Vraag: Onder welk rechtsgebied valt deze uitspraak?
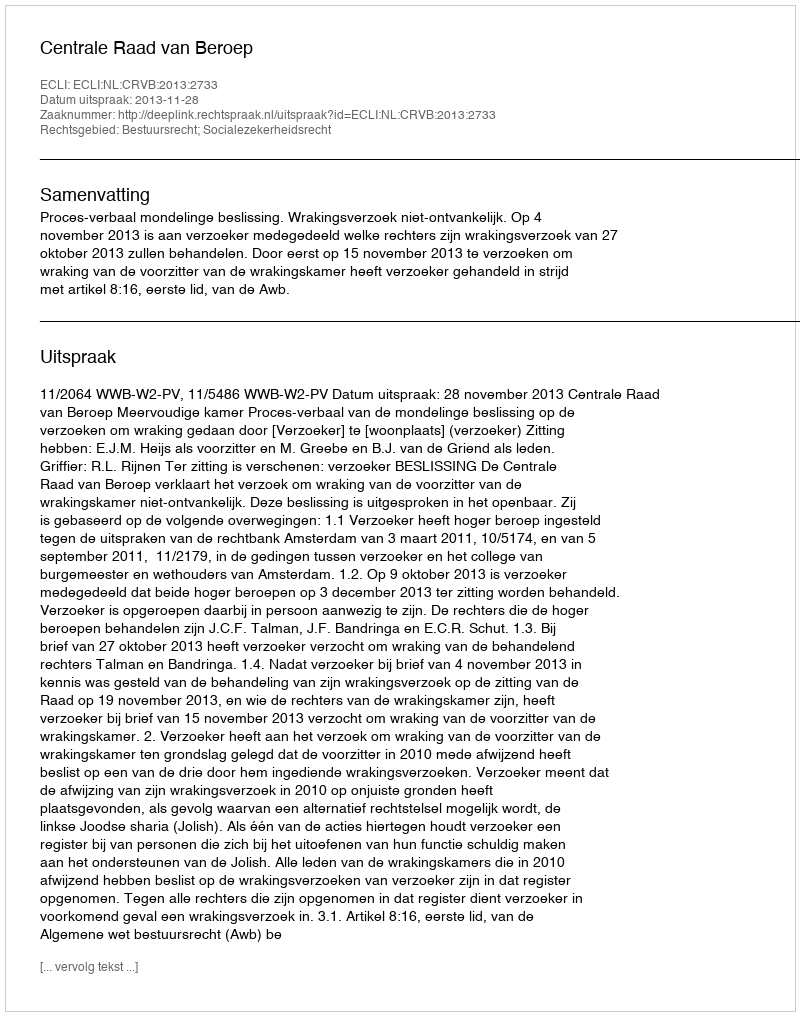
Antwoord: Bestuursrecht; Socialezekerheidsrecht